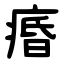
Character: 痻